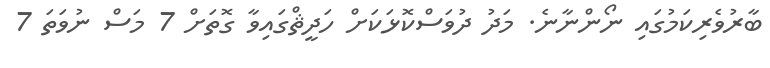
ބާރުވެރިކަމުގައި ނޯންނާނެ. މަދު ދުވަސްކޮޅަކަށް ހަދީޘްގައިވާ ގޮތަށް 7 މަސް ނުވަތަ 7